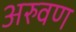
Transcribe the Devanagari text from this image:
अरुवण